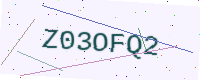
Text: Z03OFQ2